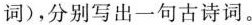
词)，分别写出一句古诗词。